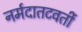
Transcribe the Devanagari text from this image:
नर्मदातटवर्ती